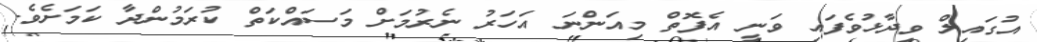
އުގައިލް ވިދާޅުވެފައި ވަނީ އެފޮތް މިއަންނަ އަހަރު ނެރުމަށް މަސައްކަތް ކުރަމުންދާ ކަމަށެވެ.